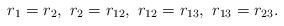
LaTeX: \begin{align*}r_1 = r_2, \ r_2 = r_{12}, \ r_{12} = r_{13}, \ r_{13} = r_{23}.\end{align*}